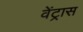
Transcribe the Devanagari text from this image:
वेंट्रास